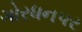
ગોરધનપર